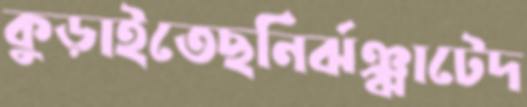
কুড়াইতেছনির্ঝঞ্ঝাটেদ